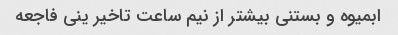
ابمیوه و بستنی بیشتر از نیم ساعت تاخیر ینی فاجعه